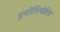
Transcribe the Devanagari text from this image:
इनीशियेटिव